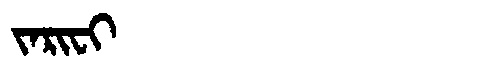
Manchu: ᠵᠠᡵᡳᠸᡳ
Romanization: JARIFI